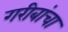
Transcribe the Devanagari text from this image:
गरीबांचा